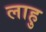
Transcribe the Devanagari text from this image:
लाहु